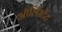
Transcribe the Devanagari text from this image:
ऑर्लिस्टेट